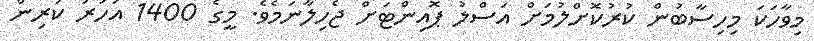
މިވާހަކަ މިހިސާބުން ކުރުކޮށްލުމަށް އަސްލު ޕޮއިންޓަށް ޖެހިލާނަމެވެ. މީގެ 1400 އަހަރު ކުރިން